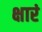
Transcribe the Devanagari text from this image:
क्षारं